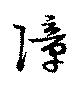
障